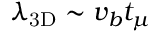
\lambda _ { \mathrm { 3 D } } \sim v _ { b } t _ { \mu }